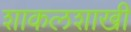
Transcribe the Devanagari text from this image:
शाकलशाखी